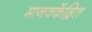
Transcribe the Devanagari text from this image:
मानवकेंद्रित